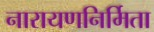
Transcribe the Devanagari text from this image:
नारायणनिर्मिता